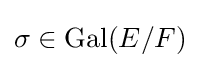
\sigma \in {\text{Gal}}(E/F)